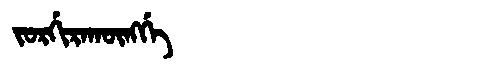
Manchu: ᠵᠣᡵᡤᡳᡵᠠᡴᡡᠩᡤᡝ
Romanization: JORGIRAKŪNGGE